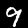
Digit: 9